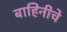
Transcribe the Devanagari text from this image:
बाहिनीचे